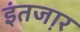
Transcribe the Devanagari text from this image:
इंतजा़र